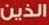
الذين